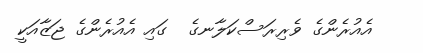
އެއުރެންގެ ވެރިރަސްކަލާނގެ  ގައި އެއުރެންގެ ޖަޒާއަކީ